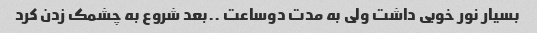
بسیار نور خوبی داشت ولی به مدت دوساعت ..بعد شروع به چشمک زدن کرد